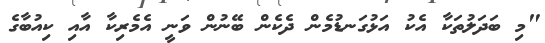
"މި ބަދަލުތަކާ އެކު އަޅުގަނޑުމެން ދެކެން ބޭނުން ވަނީ އެމެރިކާ އާއި ކިއުބާގެ